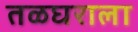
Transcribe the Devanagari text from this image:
तळघराला